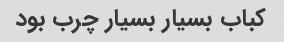
کباب بسیار بسیار چرب بود